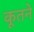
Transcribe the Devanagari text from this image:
कूतने